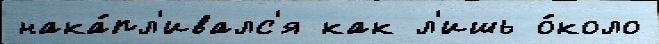
нака́пл'ивалс'я как л'ишь о́коло